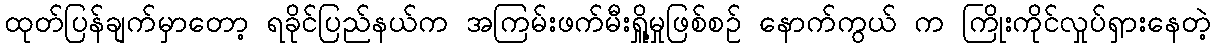
ထုတ်ပြန်ချက်မှာတော့ ရခိုင်ပြည်နယ်က အကြမ်းဖက်မီးရှိူ့မှုဖြစ်စဉ် နောက်ကွယ် က ကြိုးကိုင်လှုပ်ရှားနေတဲ့